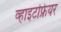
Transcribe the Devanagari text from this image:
व्हाइटफ्रियर